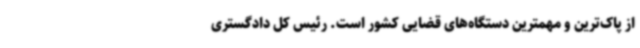
از پاک‌ترین و مهمترین دستگاه‌های قضایی کشور است. رئیس کل دادگستری